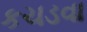
કચડવા